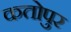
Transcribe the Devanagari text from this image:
कतोपुर